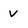
Character: v